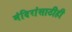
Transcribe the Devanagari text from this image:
मंदिरांसाठीही